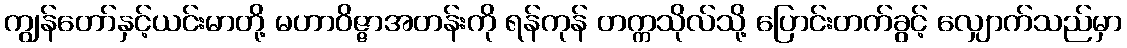
ကျွန်တော်နှင့်ယင်းမာတို့ မဟာဝိဇ္ဇာအတန်းကို ရန်ကုန် တက္ကသိုလ်သို့ ပြောင်းတက်ခွင့် လျှောက်သည်မှာ